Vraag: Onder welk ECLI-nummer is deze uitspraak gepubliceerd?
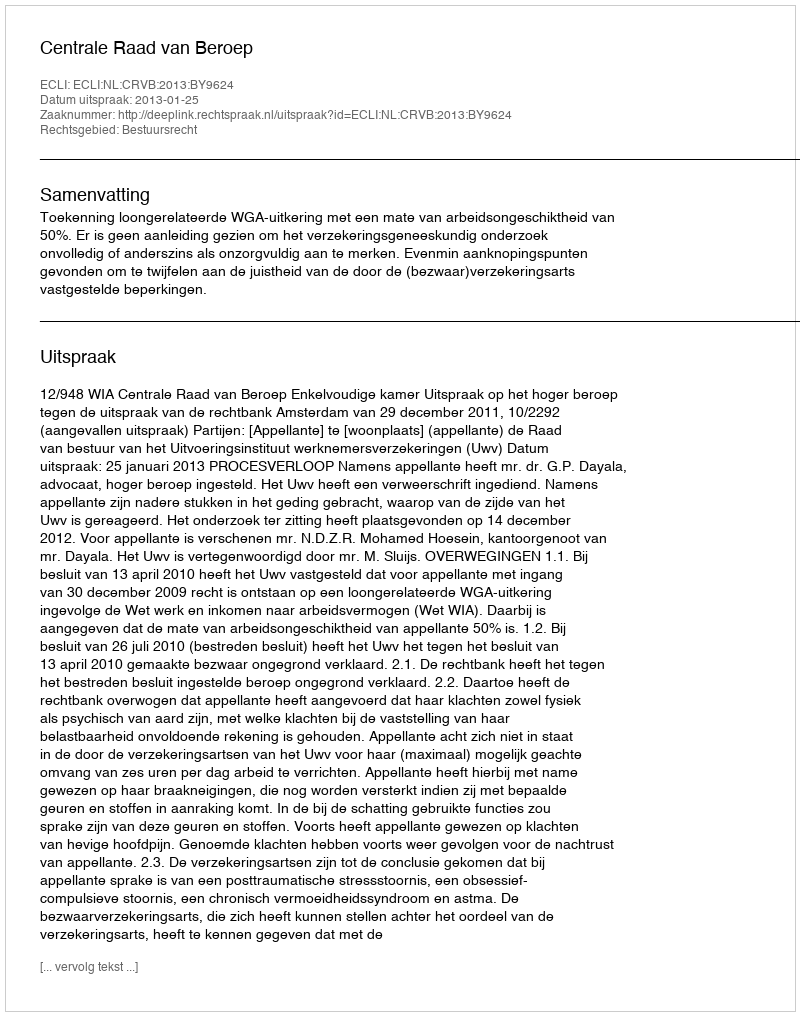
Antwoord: ECLI:NL:CRVB:2013:BY9624